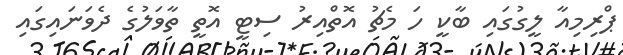
ޕްރިމިއާ ލީގުގައި ބާކީ ހަ މެޗު އޮތްއިރު ސިޓީ އޮތީ ތާވަލުގެ ދެވަނައިގައި